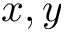
x , y